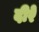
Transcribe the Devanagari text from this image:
दीरे